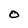
Character: O